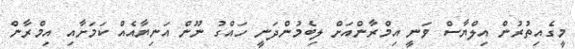
މީގެއިތުރުން އިލްޔާސް ވަނީ އިމްރާންއަށް ލިބެމުންދަނީ ހައްގު ނޫން އަނިޔާއެއް ކަމަށާއި އިމްރާން